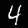
Digit: 4